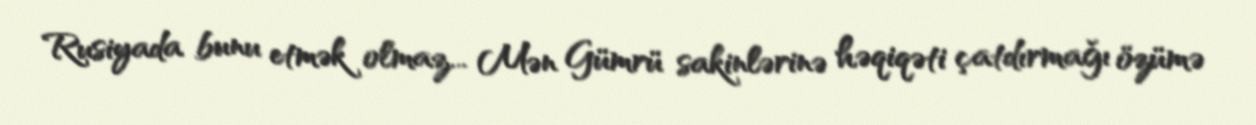
Rusiyada bunu etmək olmaz... Mən Gümrü sakinlərinə həqiqəti çatdırmağı özümə